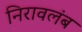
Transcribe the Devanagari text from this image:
निरावलंब